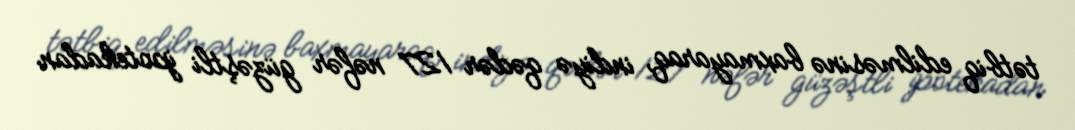
tətbiq edilməsinə baxmayaraq, indiyə qədər 127 nəfər güzəştli ipotekadan